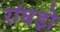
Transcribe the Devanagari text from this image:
रांघड़ो